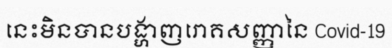
នេះមិនបានបង្ហាញរោគសញ្ញានៃ Covid-19